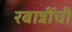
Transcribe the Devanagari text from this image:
रबान्नींची